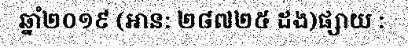
ឆ្នាំ២០១៩ (អាន: ២៨៧២៥ ដង)ផ្សាយ :